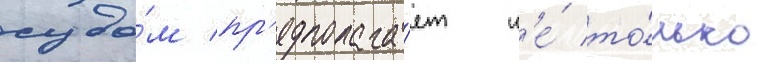
судо́м пр'едполага́ет н'е́ то́лько